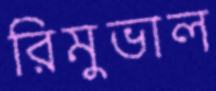
রিমুভাল